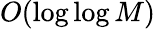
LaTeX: O(\log\log M)